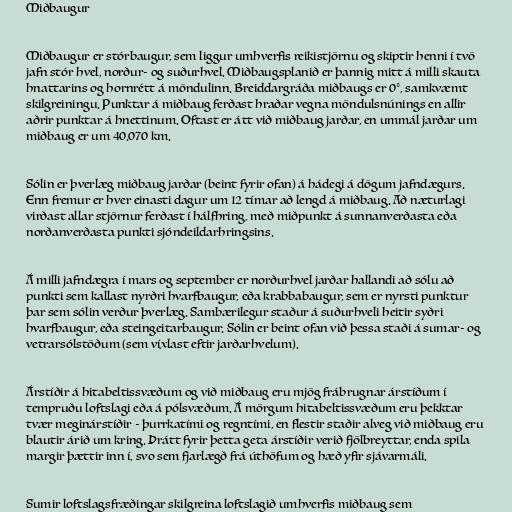
Miðbaugur

Miðbaugur er stórbaugur, sem liggur umhverfis reikistjörnu og skiptir henni í tvö
jafn stór hvel, norður- og suðurhvel. Miðbaugsplanið er þannig mitt á milli skauta
hnattarins og hornrétt á möndulinn. Breiddargráða miðbaugs er 0°, samkvæmt
skilgreiningu. Punktar á miðbaug ferðast hraðar vegna möndulsnúnings en allir
aðrir punktar á hnettinum. Oftast er átt við miðbaug jarðar, en ummál jarðar um
miðbaug er um 40.070 km.

Sólin er þverlæg miðbaug jarðar (beint fyrir ofan) á hádegi á dögum jafndægurs.
Enn fremur er hver einasti dagur um 12 tímar að lengd á miðbaug. Að næturlagi
virðast allar stjörnur ferðast í hálfhring, með miðpunkt á sunnanverðasta eða
norðanverðasta punkti sjóndeildarhringsins.

Á milli jafndægra í mars og september er norðurhvel jarðar hallandi að sólu að
punkti sem kallast nyrðri hvarfbaugur, eða krabbabaugur, sem er nyrsti punktur
þar sem sólin verður þverlæg. Sambærilegur staður á suðurhveli heitir syðri
hvarfbaugur, eða steingeitarbaugur. Sólin er beint ofan við þessa staði á sumar- og
vetrarsólstöðum (sem víxlast eftir jarðarhvelum).

Árstíðir á hitabeltissvæðum og við miðbaug eru mjög frábrugnar árstíðum í
tempruðu loftslagi eða á pólsvæðum. Á mörgum hitabeltissvæðum eru þekktar
tvær meginárstíðir - þurrkatími og regntími, en flestir staðir alveg við miðbaug eru
blautir árið um kring. Þrátt fyrir þetta geta árstíðir verið fjölbreyttar, enda spila
margir þættir inn í, svo sem fjarlægð frá úthöfum og hæð yfir sjávarmáli.

Sumir loftslagsfræðingar skilgreina loftslagið umhverfis miðbaug sem